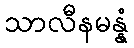
သာလီနမန္နံ